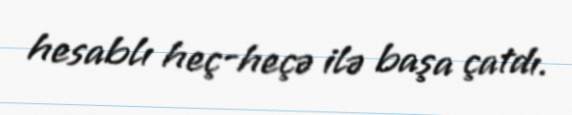
hesablı heç-heçə ilə başa çatdı.